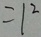
= 1 ^ { 2 }